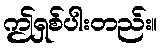
ဤရှစ်ပါးတည်း။